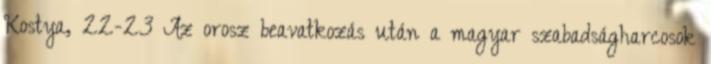
Kostya, 22-23 Az orosz beavatkozás után a magyar szabadságharcosok